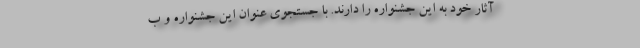
آثار خود به این جشنواره را دارند. با جستجوی عنوان این جشنواره و ب